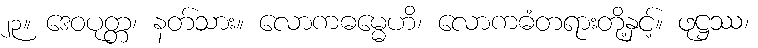
၂၃။ ဒေဝပုတ္တ၊ နတ်သား။ လောကဓမ္မေဟိ၊ လောကဓံတရားတို့နှင့်။ ဖုဋ္ဌဿ၊